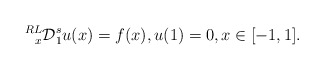
\begin{align*}\prescript{RL}{x}{\mathcal{D}}_{1}^{s}u(x)=f(x),u{(1)}=0, x\in[-1,1].\end{align*}